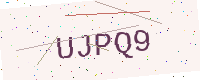
Text: UJPQ9